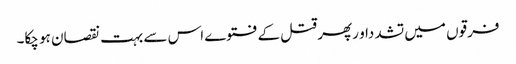
فرقوں میں تشدداو رپھر قتل کے فتوے اس سے بہت نقصان ہو چکا۔